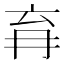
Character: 𭁩